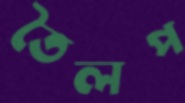
তৈলপ